Lunatic asylums Central Provinces reports 1874-1885 - 1874-1885
Year: 1874
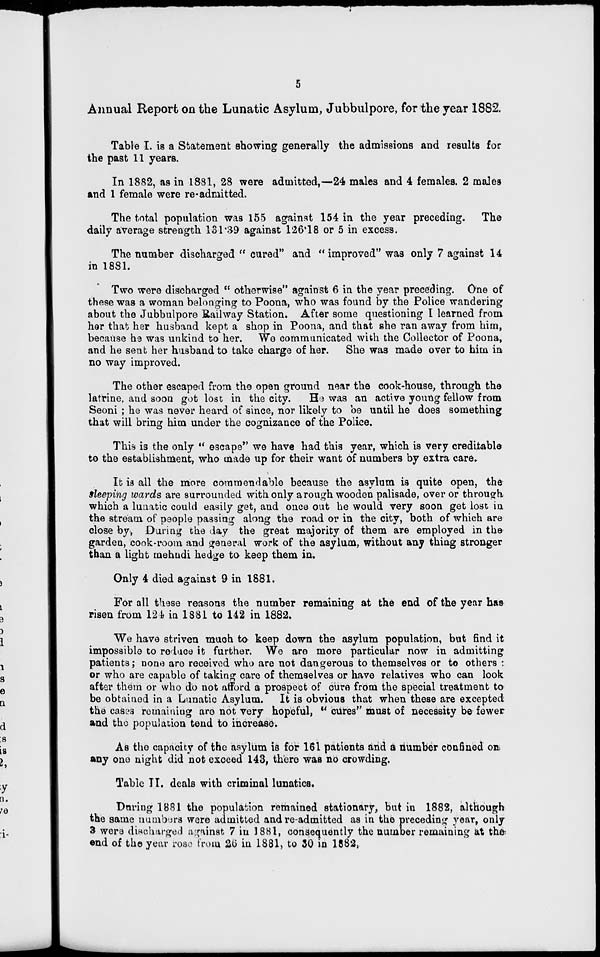
5
Annual Report on the Lunatic Asylum, Jubbulpore, for the year 1882.
Table I. is a Statement showing generally the admissions and results for
the past 11 years.
In 1882, as in 1881, 28 were admitted,—24 males and 4 females. 2 males
and 1 female were re-admitted.
The total population was 155 against 154 in the year preceding. The
daily average strength 131.39 against 126.18 or 5 in excess.
The number discharged " cured" and " improved" was only 7 against 14
in 1881.
Two were discharged " otherwise" against 6 in the year preceding. One of
these was a woman belonging to Poona, who was found by the Police wandering
about the Jubbulpore Railway Station. After some questioning I learned from
her that her husband kept a shop in Poona, and that she ran away from him,
because he was unkind to her. We communicated with the Collector of Poona,
and he sent her husband to take charge of her. She was made over to him in
no way improved.
The other escaped from the open ground near the cook-house, through the
latrine, and soon got lost in the city. He was an active young fellow from
Seoni ; he was never heard of since, nor likely to be until he does something
that will bring him under the cognizance of the Police.
This is the only " escape" we have had this year, which is very creditable
to the establishment, who made up for their want of numbers by extra care.
It is all the more commendable because the asylum is quite open, the
sleeping wards are surrounded with only a rough wooden palisade, over or through
which a lunatic could easily get, and once out he would very soon get lost in
the stream of people passing along the road or in the city, both of which are
close by, During the day the great majority of them are employed in the
garden, cook-room and general work of the asylum, without any thing stronger
than a light mehndi hedge to keep them in.
Only 4 died against 9 in 1881.
For all these reasons the number remaining at the end of the year has
risen from 124 in 1881 to 142 in 1882.
We have striven much to keep down the asylum population, but find it
impossible to reduce it further. We are more particular now in admitting
patients; none are received who are not dangerous to themselves or to others :
or who are capable of taking care of themselves or have relatives who can look
after them or who do not afford a prospect of cure from the special treatment to
be obtained in a Lunatic Asylum. It is obvious that when these are excepted
the cases remaining are not very hopeful, " cures" must of necessity be fewer
and the population tend to increase.
As the capacity of the asylum is for 161 patients and a number confined on
any one night did not exceed 143, there was no crowding.
Table II. deals with criminal lunatics.
During 1881 the population remained stationary, but in 1882, although
the same numbers were admitted and re-admitted as in the preceding year, only
3 were discharged against 7 in 1881, consequently the number remaining at the
end of the year rose from 26 in 1881, to 30 in 1882.